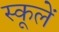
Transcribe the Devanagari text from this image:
स्कूलें